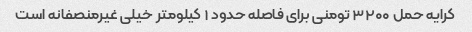
کرایه حمل ۳۲۰۰ تومنی برای فاصله حدود ۱ کیلومتر خیلی غیرمنصفانه است